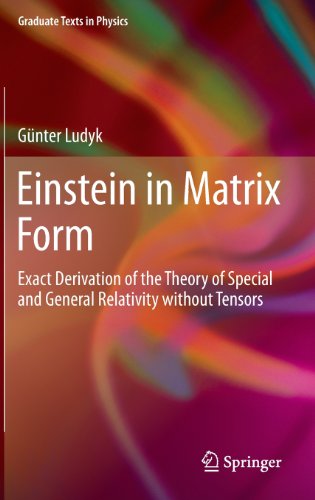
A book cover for Einstein in Matrix Form: Exact Derivation of the Theory of Special and General Relativity without Tensors (Graduate Texts in Physics); GÃ¼nter Ludyk; Science & Math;